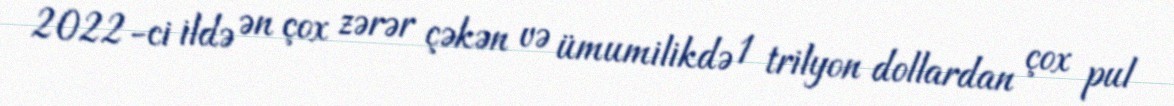
2022-ci ildə ən çox zərər çəkən və ümumilikdə 1 trilyon dollardan çox pul